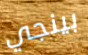
بينجي